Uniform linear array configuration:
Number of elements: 8
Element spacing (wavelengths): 0.75
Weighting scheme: hamming
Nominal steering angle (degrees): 60
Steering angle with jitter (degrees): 58.373
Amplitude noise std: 0.05
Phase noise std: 0.05

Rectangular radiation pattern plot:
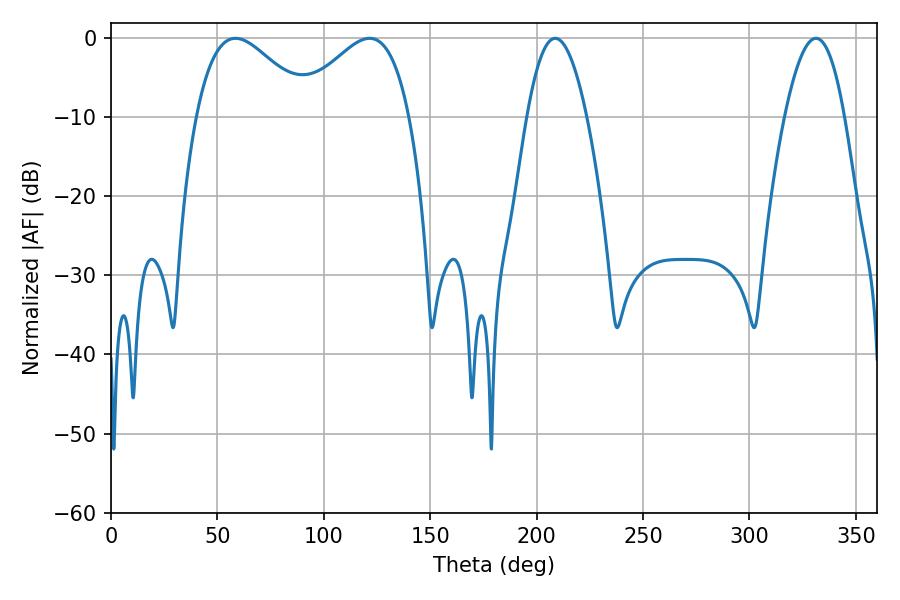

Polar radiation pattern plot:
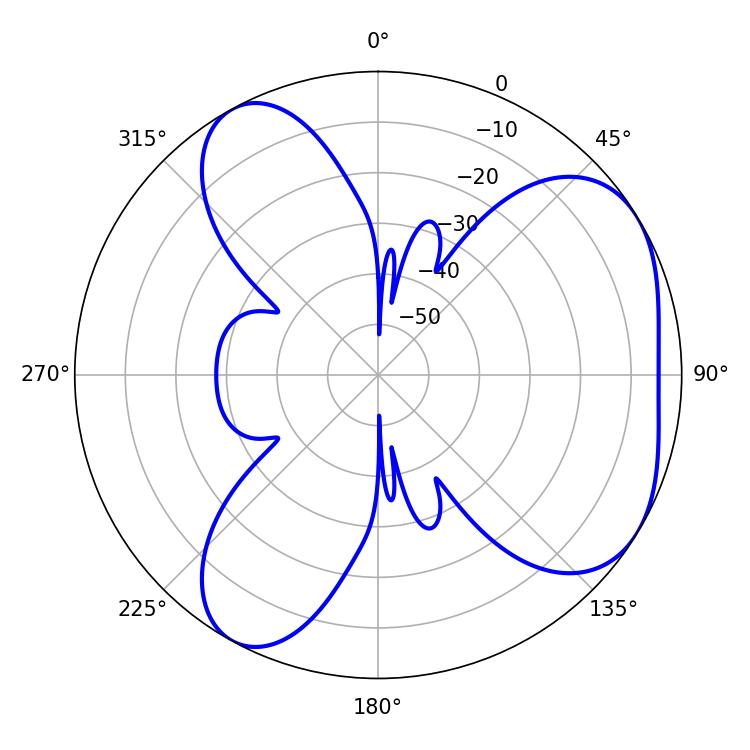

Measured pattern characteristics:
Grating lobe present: TRUE
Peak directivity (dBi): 4.818
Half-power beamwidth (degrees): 28.98
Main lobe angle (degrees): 58.5